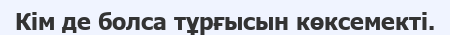
Кім де болса тұрғысын көксемекті.